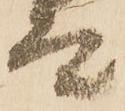
而